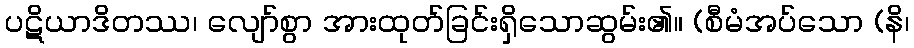
ပဋိယာဒိတဿ၊ လျော်စွာ အားထုတ်ခြင်းရှိသောဆွမ်း၏။ (စီမံအပ်သော (နိ၊